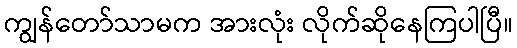
ကျွန်တော်သာမက အားလုံး လိုက်ဆိုနေကြပါပြီ။